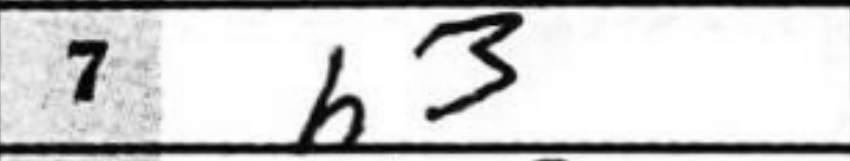
Transcription: b3